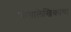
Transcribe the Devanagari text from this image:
कथालेखिकांचा